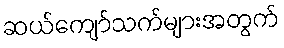
ဆယ်ကျော်သက်များအတွက်